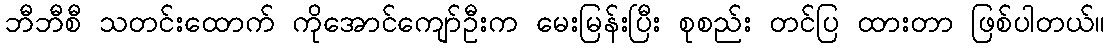
ဘီဘီစီ သတင်းထောက် ကိုအောင်ကျော်ဦးက မေးမြန်းပြီး စုစည်း တင်ပြ ထားတာ ဖြစ်ပါတယ်။